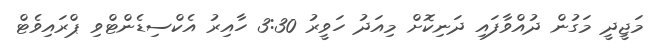
މަޖީދީ މަގުން ދުއްވާފައި ދަނިކޮށް މިއަދު ހަވީރު 3:30 ހާއިރު އެކްސިޑެންޓްވި ޕްރައިވެޓް